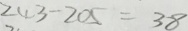
2 4 3 - 2 0 5 = 3 8